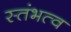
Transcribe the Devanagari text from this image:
स्तंभत्व